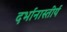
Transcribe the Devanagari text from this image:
दर्भानास्तीर्य